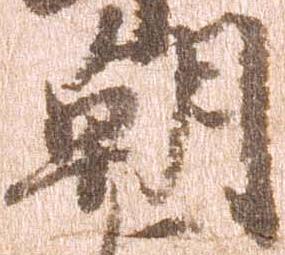
朝